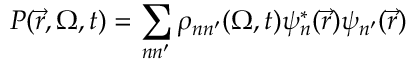
P ( \Vec { r } , \boldsymbol { \Omega } , t ) = \sum _ { n n ^ { \prime } } \rho _ { n n ^ { \prime } } ( \boldsymbol { \Omega } , t ) \psi _ { n } ^ { * } ( \Vec { r } ) \psi _ { n ^ { \prime } } ( \Vec { r } )